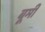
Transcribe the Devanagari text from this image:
बूमी